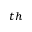
^ { t h }